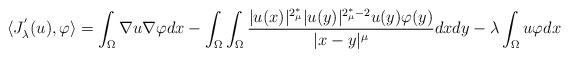
LaTeX: \begin{align*}\langle J_{\lambda}^{'}(u),\varphi\rangle=\int_{\Omega}\nabla u\nabla\varphi dx-\int_{\Omega}\int_{\Omega}\frac{|u(x)|^{2_{\mu}^{\ast}}|u(y)|^{2_{\mu}^{\ast}-2}u(y)\varphi(y)}{|x-y|^{\mu}}dxdy-\lambda\int_{\Omega}u\varphi dx\end{align*}